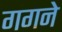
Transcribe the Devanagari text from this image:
गगने